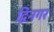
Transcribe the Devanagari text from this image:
द्विनगर